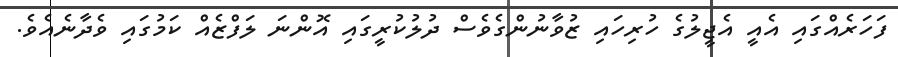
ފަހަރެއްގައި އެއީ އެޖީލުގެ ހުރިހައި ޒުވާނުންގެވެސް ދުލުކުރީގައި އޮންނަ ލަފްޒެއް ކަމުގައި ވެދާނެއެވެ.